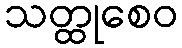
သတ္ထုစေဝ